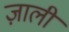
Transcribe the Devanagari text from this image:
ज़ाली